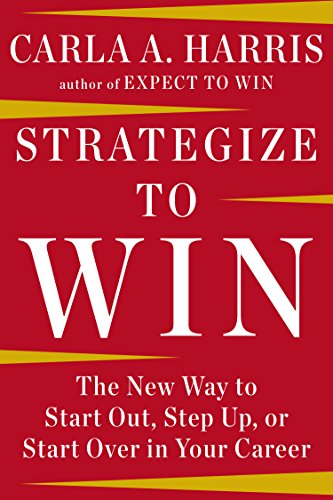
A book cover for Strategize to Win: The New Way to Start Out, Step Up, or Start Over in Your Career; Carla A Harris; Business & Money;